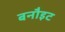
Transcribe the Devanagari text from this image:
बनौइट